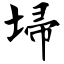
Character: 埽